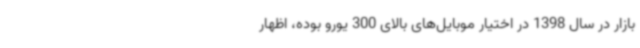
بازار در سال 1398 در اختیار موبایل‌های بالای 300 یورو بوده، اظهار